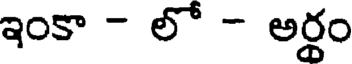
ఇంకా - లో - అర్థం